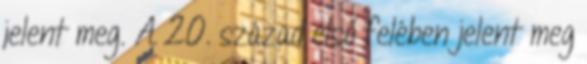
jelent meg. A 20. század első felében jelent meg